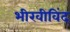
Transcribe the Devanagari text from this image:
भीखीविंद